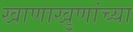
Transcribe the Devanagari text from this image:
खाणाखुणांच्या